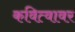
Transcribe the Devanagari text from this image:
कवित्वावर